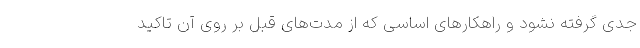
جدی گرفته نشود و راهکارهای اساسی که از مدت‌های قبل بر روی آن تاکید